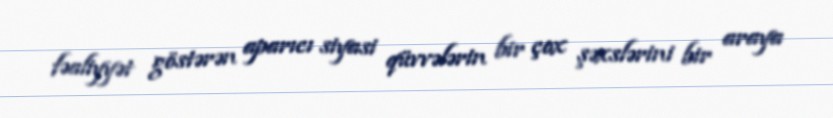
fəaliyyət göstərən aparıcı siyasi qüvvələrin bir çox şəxslərini bir araya